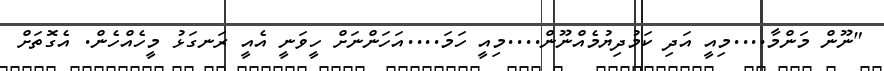
"ނޫން މަންމާ....މިއީ އަދި ކަމުދިޔުމެއްނޫން....މިއީ ހަމަ....އަހަންނަށް ހީވަނީ އެއީ ރަނގަޅު މީހެއްހެން. އެގޮތަށް